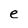
Character: e